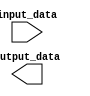
module parameterized_module #(parameter DATA_WIDTH = 8, parameter NUM_INSTANCES = 4) (
    input wire [DATA_WIDTH-1:0] input_data,
    output wire [DATA_WIDTH-1:0] output_data
);

// Internal logic here

endmodule